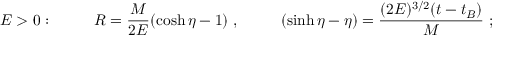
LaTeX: E > 0 : ~ ~ ~ ~ ~ ~ ~ ~ R = { \frac { M } { 2 E } } ( \cosh \eta - 1 ) ~ , ~ ~ ~ ~ ~ ~ ~ ~ ( \sinh \eta - \eta ) = { \frac { ( 2 E ) ^ { 3 / 2 } ( t - t _ { B } ) } { M } } ~ ;